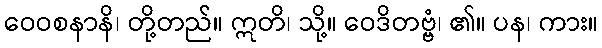
ဝေဝစနာနိ၊ တို့တည်။ ဣတိ၊ သို့။ ဝေဒိတဗ္ဗံ၊ ၏။ ပန၊ ကား။